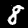
Digit: 8